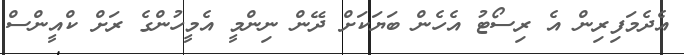
އެދެމަފިރިން އެ ރިސޯޓު އެހެން ބަޔަކަށް ދޭން ނިންމީ އެމީހުންގެ ރަށް ކްއީންސް